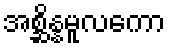
အစ္ဆိန္နမူလကော